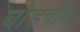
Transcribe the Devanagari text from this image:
घोड़गांव